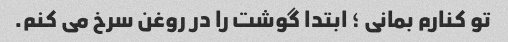
تو کنارم بمانی ؛ ابتدا گوشت را در روغن سرخ می کنم.